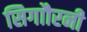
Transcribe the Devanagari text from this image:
सिगाौरनी